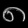
Digit: ၈